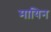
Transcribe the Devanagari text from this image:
मायिन